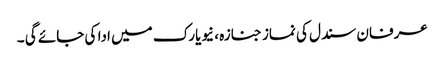
عرفان سندل کی نماز جنازہ ، نیویارک میں ادا کی جائے گی ۔